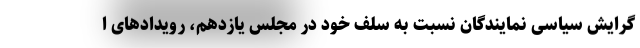
گرایش سیاسی نمایندگان نسبت به سلف خود در مجلس یازدهم، رویدادهای ا